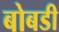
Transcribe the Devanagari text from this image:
बोबडी